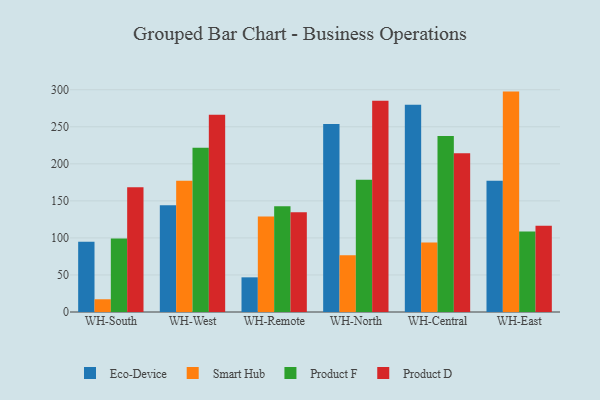
{"axis": {"x": "Warehouse", "y": "Budget (USD K)"}, "legend": ["Eco-Device", "Product D", "Product F", "Smart Hub"], "data": [{"x": "WH-South", "y": 94.8, "type": "Eco-Device"}, {"x": "WH-South", "y": 17.2, "type": "Smart Hub"}, {"x": "WH-South", "y": 99.2, "type": "Product F"}, {"x": "WH-South", "y": 168.5, "type": "Product D"}, {"x": "WH-West", "y": 144.2, "type": "Eco-Device"}, {"x": "WH-West", "y": 177.2, "type": "Smart Hub"}, {"x": "WH-West", "y": 221.7, "type": "Product F"}, {"x": "WH-West", "y": 266.4, "type": "Product D"}, {"x": "WH-Remote", "y": 46.8, "type": "Eco-Device"}, {"x": "WH-Remote", "y": 128.9, "type": "Smart Hub"}, {"x": "WH-Remote", "y": 142.6, "type": "Product F"}, {"x": "WH-Remote", "y": 134.8, "type": "Product D"}, {"x": "WH-North", "y": 253.6, "type": "Eco-Device"}, {"x": "WH-North", "y": 76.7, "type": "Smart Hub"}, {"x": "WH-North", "y": 178.4, "type": "Product F"}, {"x": "WH-North", "y": 285.1, "type": "Product D"}, {"x": "WH-Central", "y": 279.8, "type": "Eco-Device"}, {"x": "WH-Central", "y": 93.9, "type": "Smart Hub"}, {"x": "WH-Central", "y": 237.5, "type": "Product F"}, {"x": "WH-Central", "y": 214.2, "type": "Product D"}, {"x": "WH-East", "y": 177.3, "type": "Eco-Device"}, {"x": "WH-East", "y": 297.5, "type": "Smart Hub"}, {"x": "WH-East", "y": 108.7, "type": "Product F"}, {"x": "WH-East", "y": 116.3, "type": "Product D"}]}